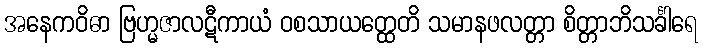
အနေကဝိဓာ ဗြဟ္မဇာလဋီကာယံ ဝစသာယတ္ထေတိ သမာနဖလတ္တာ စိတ္တာဘိသင်္ခါရေ